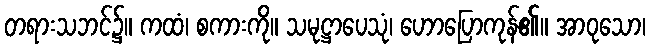
တရားသဘင်၌။ ကထံ၊ စကားကို။ သမုဋ္ဌာပေသုံ၊ ဟောပြောကုန်၏။ အာဝုသော၊